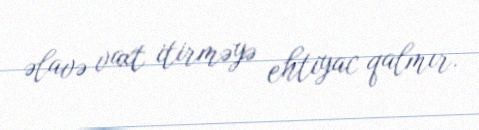
əlavə vaxt itirməyə ehtiyac qalmır.